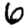
Digit: 6